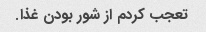
تعجب کردم از شور بودن غذا.